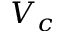
V _ { c }